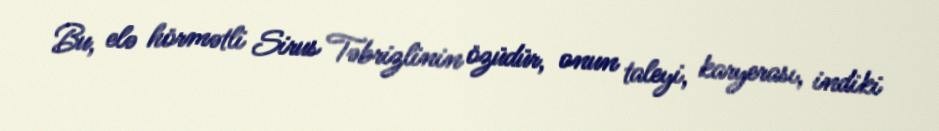
Bu, elə hörmətli Sirus Təbrizlinin özüdür, onun taleyi, karyerası, indiki